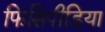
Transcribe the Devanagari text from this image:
फिसिपीडिया